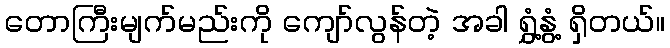
တောကြီးမျက်မည်းကို ကျော်လွန်တဲ့ အခါ ရွှံ့နွံ့ ရှိတယ်။